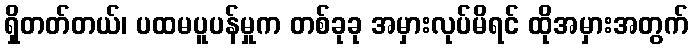
ရှိတတ်တယ်၊ ပထမပူပန်မှုက တစ်ခုခု အမှားလုပ်မိရင် ထိုအမှားအတွက်